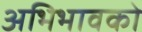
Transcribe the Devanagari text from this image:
अभिभावको